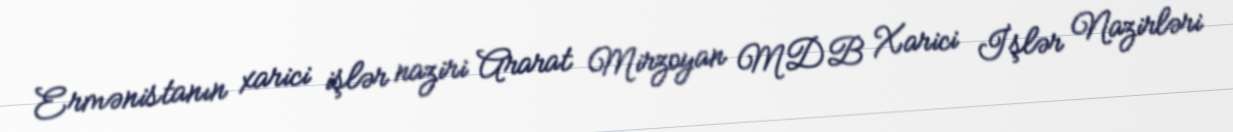
Ermənistanın xarici işlər naziri Ararat Mirzoyan MDB Xarici İşlər Nazirləri